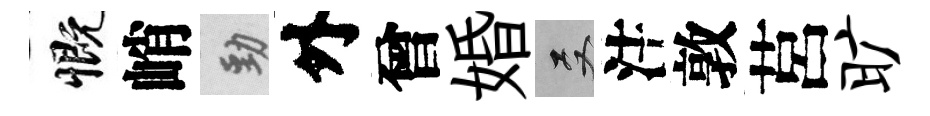
慨峭勁外曾婚双注敦莒旷